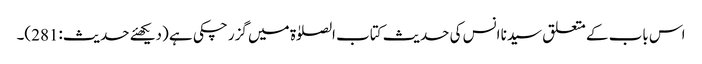
اس باب کے متعلق سیدنا انس کی حدیث کتاب الصلوٰۃ میں گزر چکی ہے (دیکھئے حدیث:281)۔